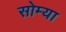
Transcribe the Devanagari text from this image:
सोम्या